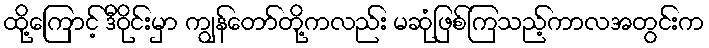
ထို့ကြောင့် ဒီဝိုင်းမှာ ကျွန်တော်တို့ကလည်း မဆုံဖြစ်ကြသည့်ကာလအတွင်းက